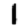
Digit: 1